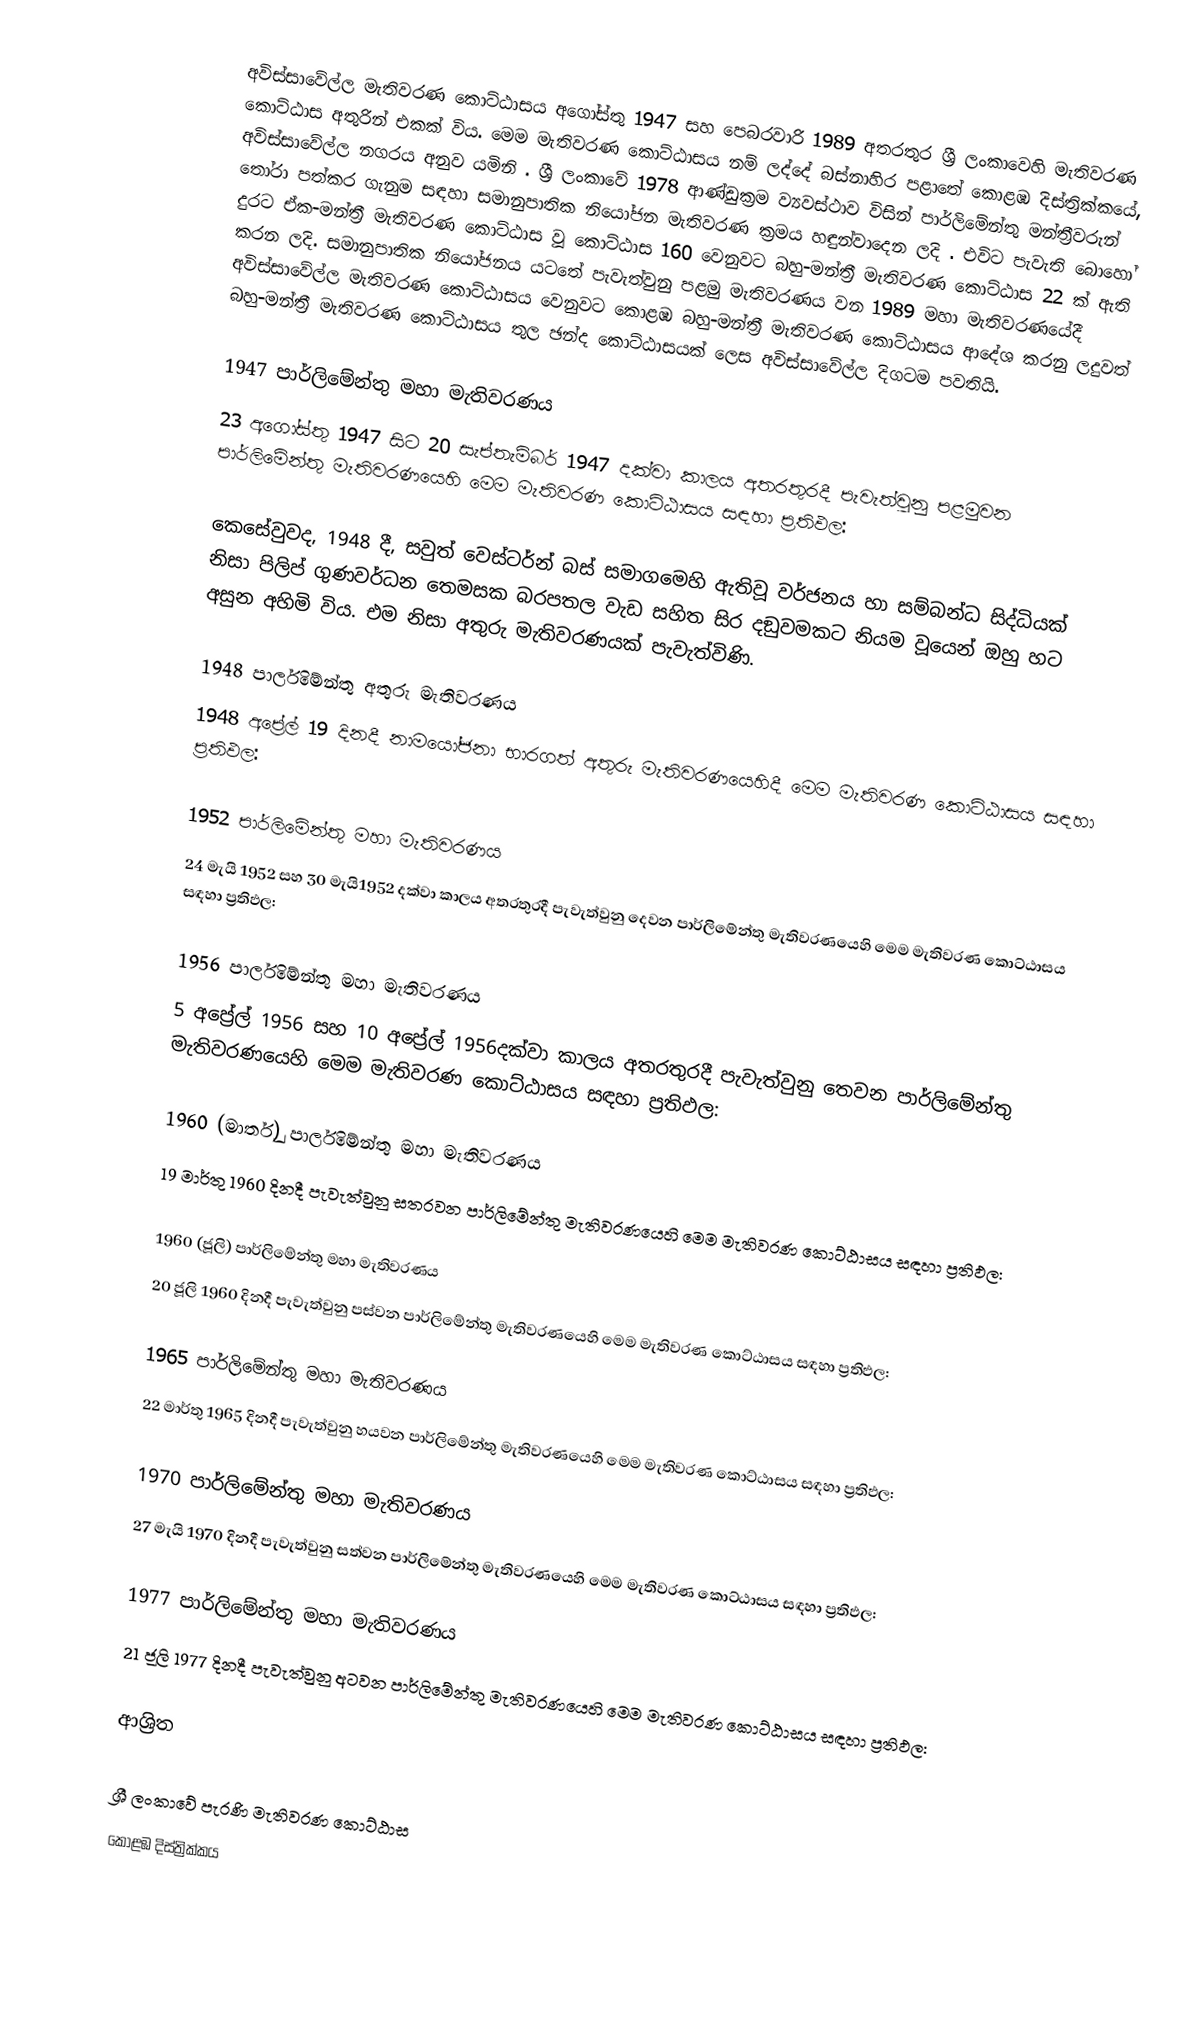
අවිස්සාවේල්ල මැතිවරණ කොට්ඨාසය  අගෝස්තු 1947 සහ පෙබරවාරි 1989 අතරතුර  ශ්‍රී ලංකාවෙහි  මැතිවරණ කොට්ඨාස අතුරින් එකක් විය. මෙම මැතිවරණ කොට්ඨාසය නම් ලද්දේ  බස්නාහිර පළාතේ  කොළඹ දිස්ත්‍රික්කයේ,  අවිස්සාවේල්ල නගරය අනුව යමිනි . ශ්‍රී ලංකාවේ 1978 ආණ්ඩුක්‍රම ව්‍යවස්ථාව විසින්   පාර්ලිමේන්තු මන්ත්‍රීවරුන් තෝරා පත්කර ගැනුම සඳහා සමානුපාතික නියෝජන මැතිවරණ ක්‍රමය හඳුන්වාදෙන ලදි . එවිට පැවැති බොහෝ දුරට  ඒක-මන්ත්‍රී මැතිවරණ කොට්ඨාස වූ කොට්ඨාස 160 වෙනුවට බහු-මන්ත්‍රී මැතිවරණ කොට්ඨාස 22 ක් ඇති කරන ලදි. සමානුපාතික නියෝජනය යටතේ පැවැත්වුනු පළමු මැතිවරණය වන 1989 මහා මැතිවරණයේදී  අවිස්සාවේල්ල මැතිවරණ කොට්ඨාසය වෙනුවට  කොළඹ බහු-මන්ත්‍රී මැතිවරණ කොට්ඨාසය  ආදේශ කරනු ලදුවත් බහු-මන්ත්‍රී මැතිවරණ කොට්ඨාසය තුල ඡන්ද කොට්ඨාසයක් ලෙස අවිස්සාවේල්ල දිගටම පවතියි.

1947 පාර්ලිමේන්තු මහා මැතිවරණය
23 අගෝස්තු 1947 සිට 20 සැප්තැම්බර් 1947 දක්වා කාලය අතරතුරදී පැවැත්වුනු  පළමුවන පාර්ලිමේන්තු මැතිවරණයෙහි මෙම මැතිවරණ කොට්ඨාසය සඳහා ප්‍රතිඵල:

කෙසේවුවද, 1948 දී, සවුත් වෙස්ටර්න් බස් සමාගමෙහි ඇතිවූ වර්ජනය හා සම්බන්ධ සිද්ධියක් නිසා පිලිප් ගුණවර්ධන තෙමසක බරපතල වැඩ සහිත සිර දඞුවමකට නියම වූයෙන් ඔහු හට අසුන අහිමි විය. එම නිසා අතුරු මැතිවරණයක් පැවැත්විණි.

1948 පාර්ලිමේන්තු අතුරු මැතිවරණය
1948 අප්‍රේල් 19 දිනදී  නාමයෝජනා භාරගත් අතුරු මැතිවරණයෙහිදී මෙම මැතිවරණ කොට්ඨාසය සඳහා ප්‍රතිඵල:

1952 පාර්ලිමේන්තු මහා මැතිවරණය
24 මැයි 1952 සහ 30 මැයි1952 දක්වා කාලය අතරතුරදී පැවැත්වුනු  දෙවන පාර්ලිමේන්තු මැතිවරණයෙහි මෙම මැතිවරණ කොට්ඨාසය සඳහා ප්‍රතිඵල:

1956 පාර්ලිමේන්තු මහා මැතිවරණය
5 අප්‍රේල් 1956 සහ 10 අප්‍රේල් 1956දක්වා කාලය අතරතුරදී පැවැත්වුනු  තෙවන පාර්ලිමේන්තු මැතිවරණයෙහි මෙම මැතිවරණ කොට්ඨාසය සඳහා ප්‍රතිඵල:

1960 (මාර්තු) පාර්ලිමේන්තු මහා මැතිවරණය
19 මාර්තු 1960 දිනදී පැවැත්වුනු  සතරවන පාර්ලිමේන්තු මැතිවරණයෙහි මෙම මැතිවරණ කොට්ඨාසය සඳහා ප්‍රතිඵල:

1960 (ජූලි) පාර්ලිමේන්තු මහා මැතිවරණය
20 ජූලි 1960 දිනදී පැවැත්වුනු  පස්වන පාර්ලිමේන්තු මැතිවරණයෙහි මෙම මැතිවරණ කොට්ඨාසය සඳහා ප්‍රතිඵල:

1965 පාර්ලිමේන්තු මහා මැතිවරණය
22 මාර්තු 1965  දිනදී පැවැත්වුනු  හයවන පාර්ලිමේන්තු මැතිවරණයෙහි මෙම මැතිවරණ කොට්ඨාසය සඳහා ප්‍රතිඵල:

1970 පාර්ලිමේන්තු මහා මැතිවරණය
27 මැයි 1970 දිනදී පැවැත්වුනු  සත්වන පාර්ලිමේන්තු මැතිවරණයෙහි මෙම මැතිවරණ කොට්ඨාසය සඳහා ප්‍රතිඵල:

1977 පාර්ලිමේන්තු මහා මැතිවරණය
21 ජූලි 1977 දිනදී පැවැත්වුනු  අටවන පාර්ලිමේන්තු මැතිවරණයෙහි මෙම මැතිවරණ කොට්ඨාසය සඳහා ප්‍රතිඵල:

ආශ්‍රිත

ශ්‍රී ලංකාවේ පැරණි මැතිවරණ කොට්ඨාස
 කොළඹ දිස්ත්‍රික්කය